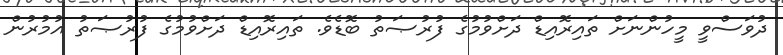
ދުވަސްވީ މީހުންނަށް ތައިރޮއިޑް ދަށްވުމުގެ ފުރުޞަތު ބޮޑެވެ. ތައިރޮއިޑް ދަށްވުމުގެ ފުރުޞަތު އުމުރުން